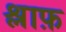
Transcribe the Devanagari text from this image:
श्लाफ़